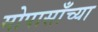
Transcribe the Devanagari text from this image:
मोपासाँच्या